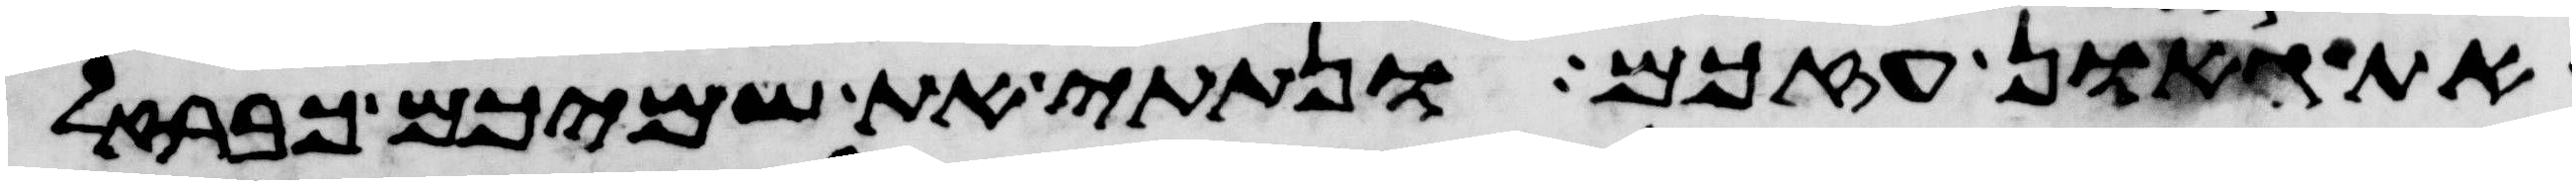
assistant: את גאון עזכם ונתתי את שמיכם כברזל